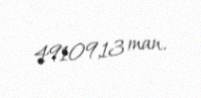
49109,13 man.